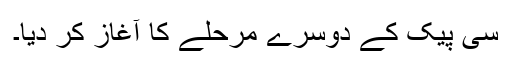
سی پیک کے دوسرے مرحلے کا آغاز کر دیا۔